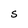
Character: S